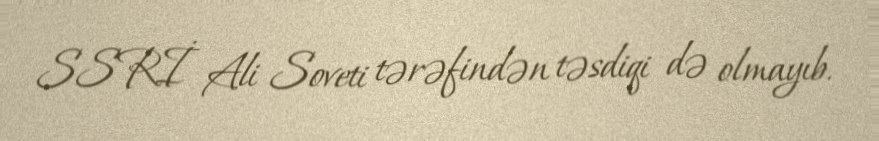
SSRİ Ali Soveti tərəfindən təsdiqi də olmayıb.